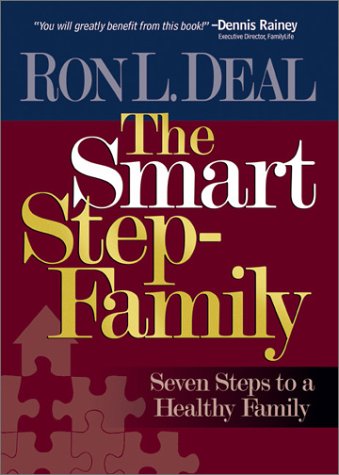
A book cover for The Smart Step-Family: Seven Steps to a Healthy Family; Ron L. Deal; Parenting & Relationships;